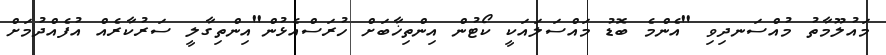
މައުލޫމާތު މުއްސަނދިވި "އެންމެ ބޮޑު މައްސަލައަކީ ކޯޓުން އިންތިޚާބަށް ހުރަސްއެޅުން"އިންތިގާލީ ސަރުކާރެއް އުފެއްދުމަށް